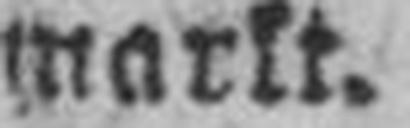
markt.